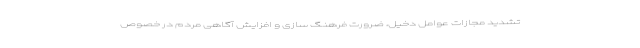
تشدید مجازات عوامل دخیل، ضرورت فرهنگ سازی و افزایش آگاهی مردم در خصوص